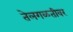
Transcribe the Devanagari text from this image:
तेलगळतीवर